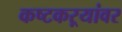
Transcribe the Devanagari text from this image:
कष्टकऱ्यांवर